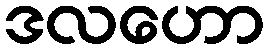
ဒလဟော